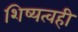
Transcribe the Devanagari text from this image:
शिष्यत्वही